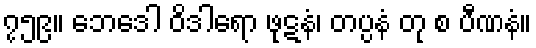
၇၅၉။ ဘေဒေါ ဝိဒါရော ဖုဋနံ၊ တပ္ပနံ တု စ ပီဏနံ။